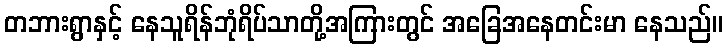
တဘားရွာနှင့် နေသူရိန်ဘုံရိပ်သာတို့အကြားတွင် အခြေအနေတင်းမာ နေသည်။